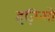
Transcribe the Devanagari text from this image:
इज़ित्सो